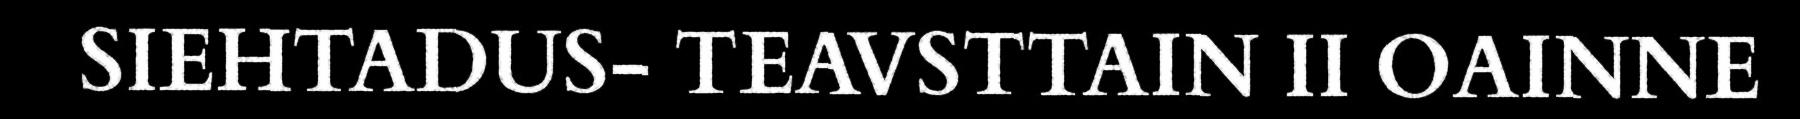
SIEHTADUS- TEAVSTTAIN II OAINNE